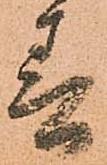
春